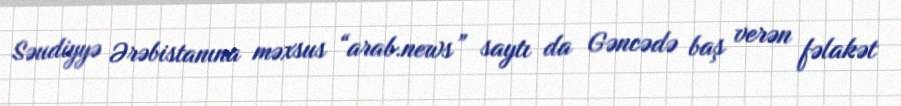
Səudiyyə Ərəbistanına məxsus “arab.news” saytı da Gəncədə baş verən fəlakət